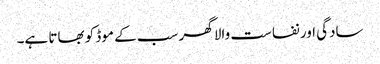
سادگی اور نفاست والا گھر سب کے موڈ کو بھاتا ہے۔